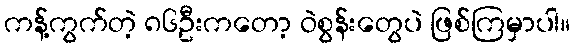
ကန့်ကွက်တဲ့ ၈၆ဦးကတော့ ဝဲစွန်းတွေပဲ ဖြစ်ကြမှာပါ။